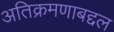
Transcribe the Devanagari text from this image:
अतिक्रमणाबद्दल